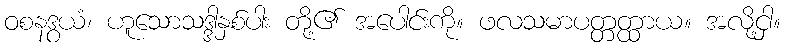
ဝစနဒွယံ၊ ဟူသောသဒ္ဒါနှစ်ပါး တို့၏ အပေါင်းကို။ ဖလသမာပတ္တတ္ထာယ။ အလို့ငှါ။